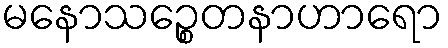
မနောသဉ္စေတနာဟာရော